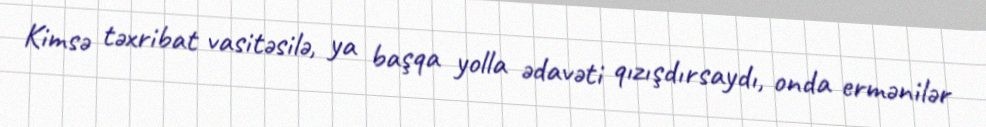
Kimsə təxribat vasitəsilə, ya başqa yolla ədavəti qızışdırsaydı, onda ermənilər